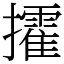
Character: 攉